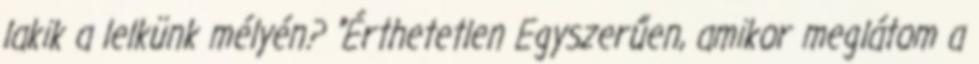
lakik a lelkünk mélyén? "Érthetetlen Egyszerűen, amikor meglátom a